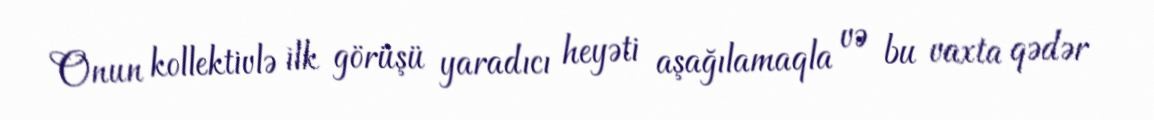
Onun kollektivlə ilk görüşü yaradıcı heyəti aşağılamaqla və bu vaxta qədər